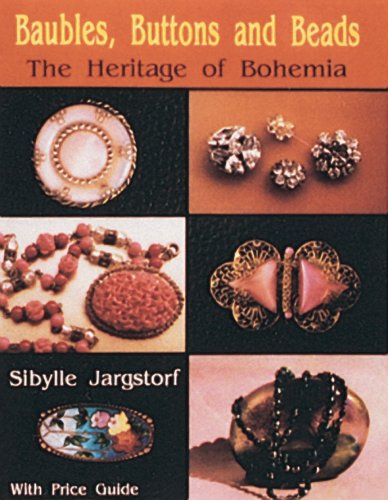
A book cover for Baubles, Buttons and Beads: The Heritage of Bohemia; Sibylle Jargstorf; Crafts, Hobbies & Home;